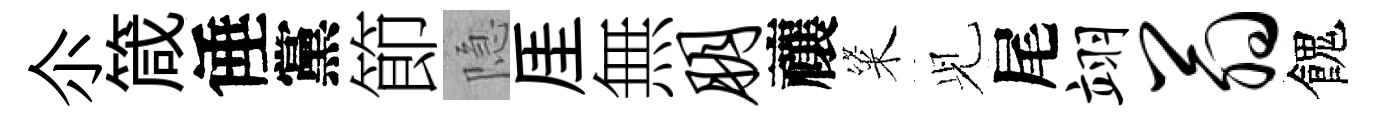
尒箴倕黨節隐厓無朋禳粢𫤗尾翊翁餽